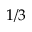
1 / 3